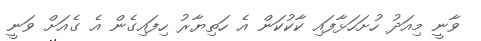
ވާނީ މިއަދު ހުށަހަޅާފައި ކާކުކަން އެ ހަތިޔާރު ހިފައިގެން އެ ގެއަށް ވަނީ